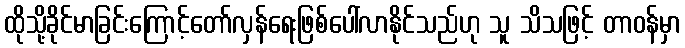
ထိုသို့ခိုင်မာခြင်းကြောင့်တော်လှန်ရေးဖြစ်ပေါ်လာနိုင်သည်ဟု သူ သိသဖြင့် တာဝန်မှာ